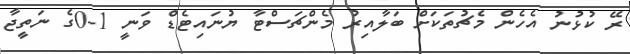
ރޭ ކުޅުނު އެހެން މެޗުތަކަށް ބަލާއިރު މެންޗަސްޓާ ޔުނައިޓެޑް ވަނީ 1-0ގެ ނަތީޖާ